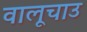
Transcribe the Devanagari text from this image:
वालूचाउ